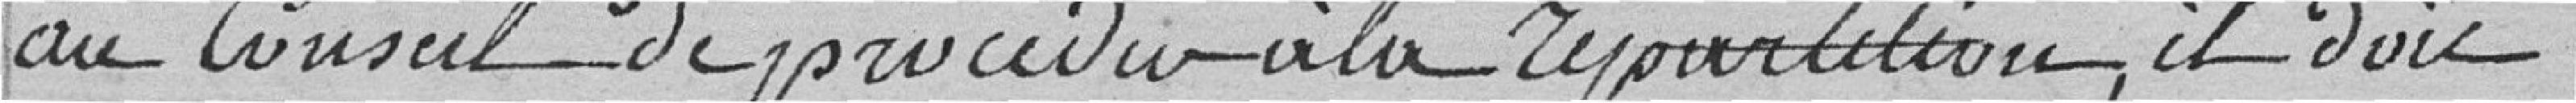
au Conseil de procéder à la répartition, il doit